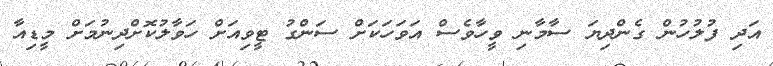
އަދި ފުލުހުން ގެންދިޔަ ސާމާނިި ވީހާވެސް އަވަހަކަށް ސަންގު ޓީވިއަށް ހަވާލުކޮށްދިނުމަށް މީޑިއާ